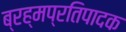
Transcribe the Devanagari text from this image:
ब्रह्मप्रतिपादक